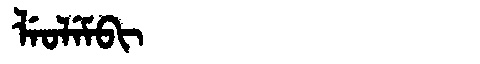
Manchu: ᠯᡝᠣᠯᡝᠮᠪᡳ
Romanization: LEOLEMBI